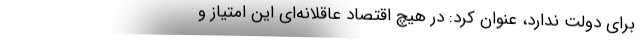
برای دولت ندارد، عنوان کرد: در هیچ اقتصاد عاقلانه‌ای این امتیاز و